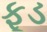
ફૂડ